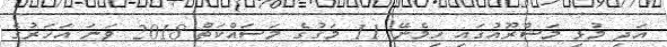
އަދި މުޅި މަޝްރޫއުގައި ހިމެނޭ 11 މަގުގެ މަސައްކަތް 2018 ވަނަ އަހަރުގެ